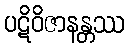
ပဋိဝိဇာနန္တဿ